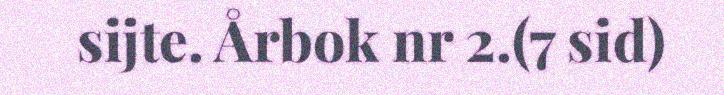
sijte. Årbok nr 2.(7 sid)